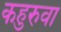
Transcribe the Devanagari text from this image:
कहुरुवा